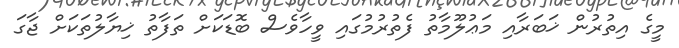
މީގެ އިތުރުން ޚަބަރާއި މަޢުލޫމާތު ފެތުރުމުގައި ވީހާވެސް ބޮޑަކަށް ތަފާތު ޚިޔާލުތަކަށް ޖާގަ